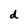
Character: d